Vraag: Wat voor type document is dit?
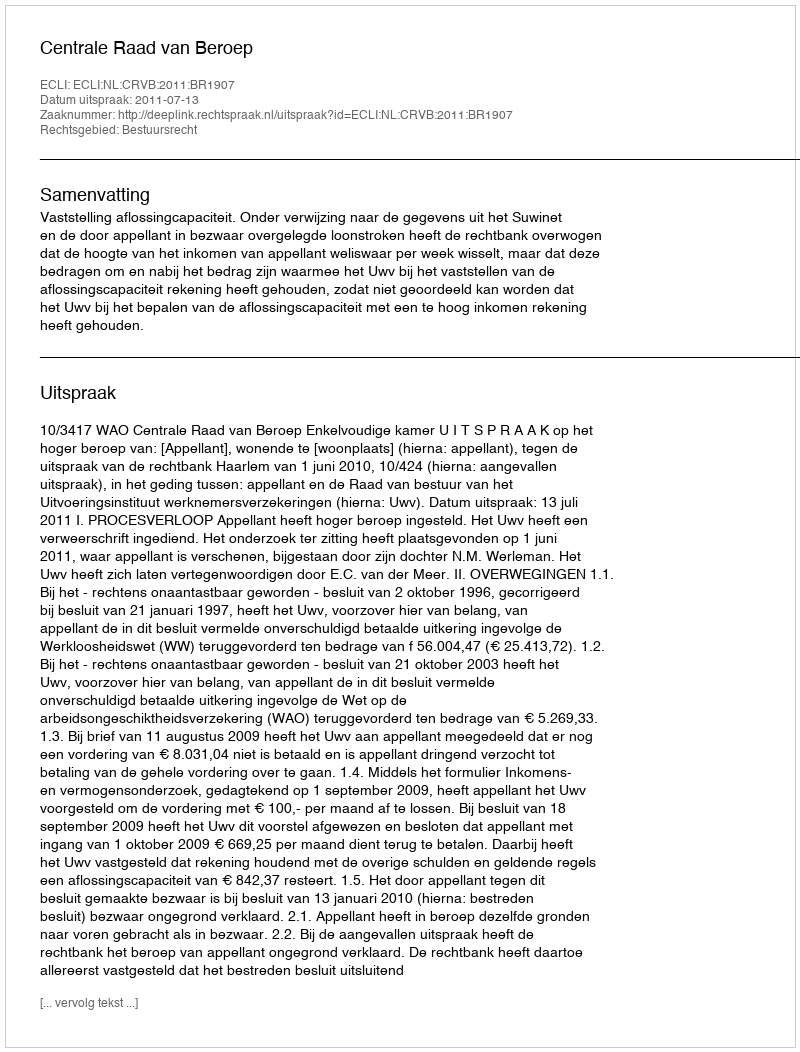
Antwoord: Uitspraak